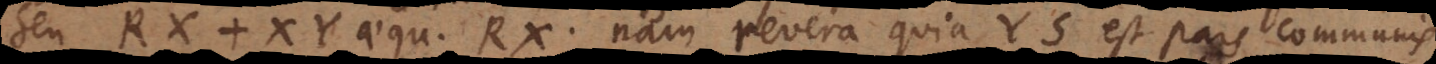
RS ] + XY aequ. RX. Nam revera quia YS est pars communis